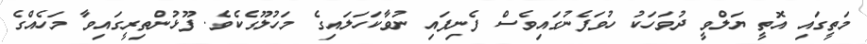
މަތީގައި އޮތީ ޔަލްވީ ދުވަހަކު ހުވަފެނުގައިވެސް ފެނިފައި ނުވާކަހަލައިގެ މަހުލޫގެކެވެ. ފޫޅުންތިރީގައިވާ މަހެއްގެ